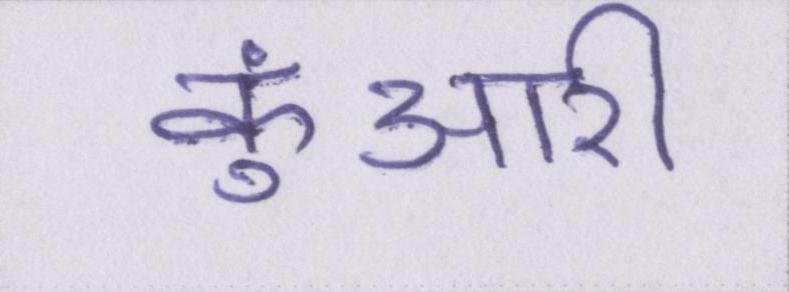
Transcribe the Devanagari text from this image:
कुंआरी